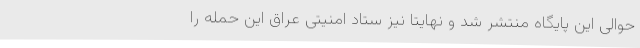
حوالی این پایگاه منتشر شد و نهایتا نیز ستاد امنیتی عراق این حمله را